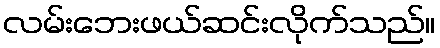
လမ်းဘေးဖယ်ဆင်းလိုက်သည်။